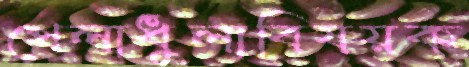
খেলাধুলাবিষয়ক